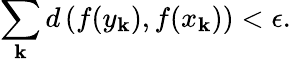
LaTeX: \sum_{\mathbf{k}}d\left(f(y_{\mathbf{k}}),f(x_{\mathbf{k}})\right)<\epsilon.